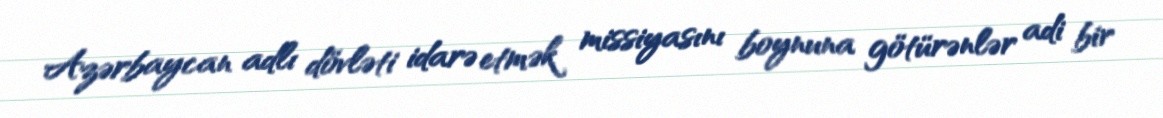
Azərbaycan adlı dövləti idarə etmək missiyasını boynuna götürənlər adi bir